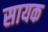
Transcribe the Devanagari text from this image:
सायक